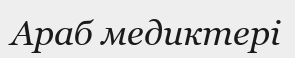
Араб медиктері